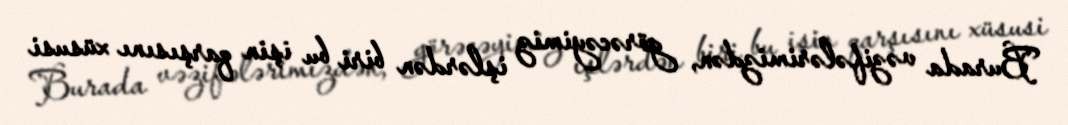
Burada vəzifələrimizdən, görəcəyimiz işlərdən biri bu işin qarşısını xüsusi